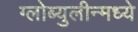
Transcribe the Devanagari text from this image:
ग्लोब्युलीन्मध्ये